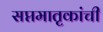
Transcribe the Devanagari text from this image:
सप्तमातृकांची